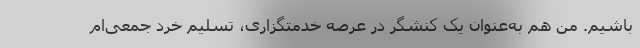
باشیم. من هم به‌عنوان یک کنشگر در عرصه خدمتگزاری، تسلیم خرد جمعی‌ام